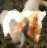
গো